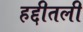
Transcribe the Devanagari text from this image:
हद्दीतली